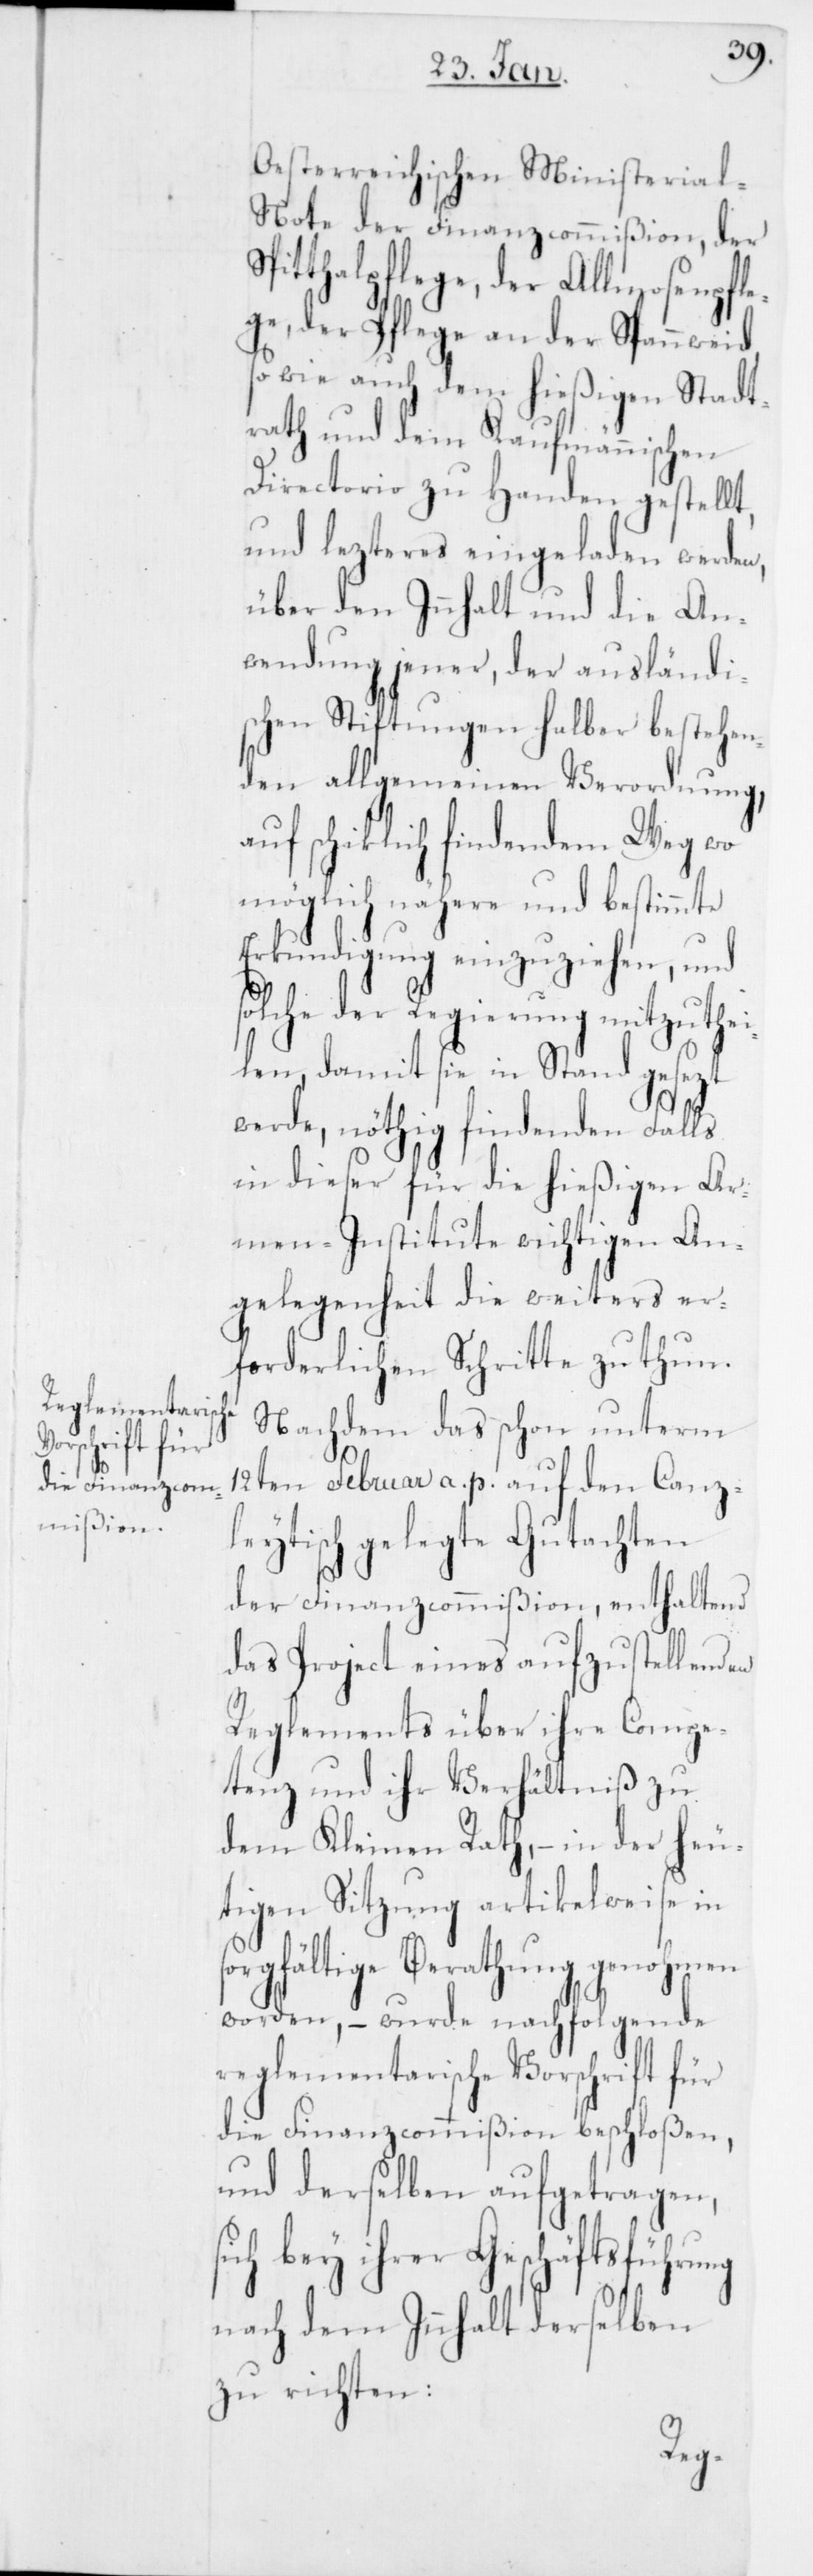
Oesterreichischen Ministerial-N¬
ote der Finanzcommißion, der
Spitthalpflege, der Allmosenpfle¬
ge, der Pflege an der Spannweid,
so wie auch dem hießigen Stadt¬
rath und dem Kaufmännischen
Directorio zu Handen gestellt,
und lezteres eingeladen werden,
über den Innhalt und die An¬
wendung jener, der ausländi¬
schen Stiftungen halber bestehen¬
den allgemeinen Verordnung,
auf schiklich findendem Weg wo¬
möglich nähere und bestimmte
Erkundigung einzuziehen, und
solche der Regierung mitzuthei¬
len, damit sie in Stand gesezt
werde, nöthig findenden Falls
in dieser für die hießigen Ar¬
men-Institute wichtigen An¬
gelegenheit die weiters er¬
men
forderlichen Schritte zu
Nachdem das schon unterm
12ten Februar a. p. auf den Canz¬
leytisch gelegte Gutachten
der Finanzcommißion, enthaltend
das Project eines aufzustellenden
Reglements über ihre Compe¬
tenz und ihr Verhältniß zu
dem Kleinen Rath, – in der heu¬
tigen Sitzung artikelweise in
orgfältige Berathung genoh¬
worden, – wurde nachfolgende
reglementarische Vorschrift für
die Finanzcommißion beschloßen,
und derselben aufgetragen,
ich bey ihrer Geschäftsführung
nach dem Innhalt derselben
zu richten:
s¬